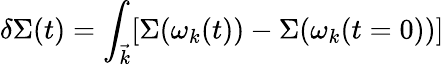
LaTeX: \delta\Sigma(t)={\int_{\vec{k}}}[\Sigma(\omega_{k}(t))-\Sigma(\omega_{k}(t=0))]